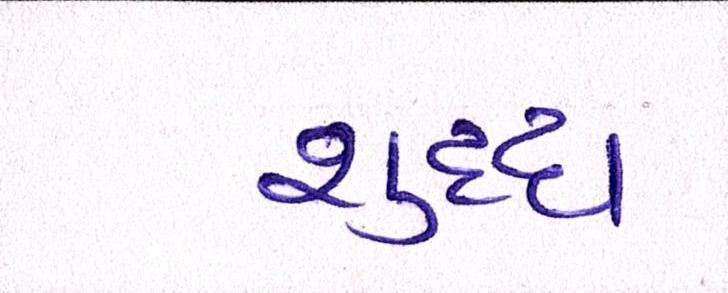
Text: શુધ્ધ